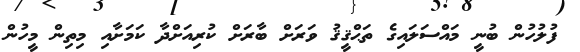
ފުލުހުން ބުނީ މައްސަލައިގެ ތަޙްޤީޤު ވަރަށް ބާރަށް ކުރިއަށްދާ ކަމަށާއި މިތިން މީހުން